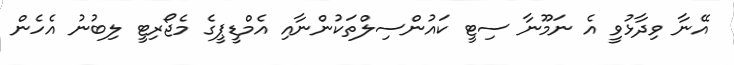
އޭނާ ވިދާޅުވީ އެ ނަމޫނާ ސިޓީ ކައުންސިލްތަކުންނާއި އެމްޑީޕީގެ މެޖޯރިޓީ ލިބުނު އެހެން